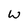
Character: W